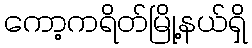
ကော့ကရိတ်မြို့နယ်ရှိ